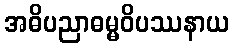
အဓိပညာဓမ္မဝိပဿနာယ